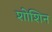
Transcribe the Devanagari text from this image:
शोशिन